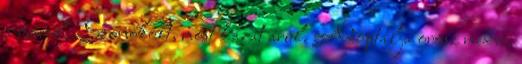
a márúl, Szónokolt, most hazát árul. Adoptálja orosz medve,